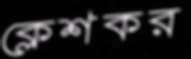
ক্লেশকর